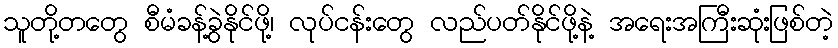
သူတို့တတွေ စီမံခန့်ခွဲနိုင်ဖို့၊ လုပ်ငန်းတွေ လည်ပတ်နိုင်ဖို့နဲ့ အရေးအကြီးဆုံးဖြစ်တဲ့